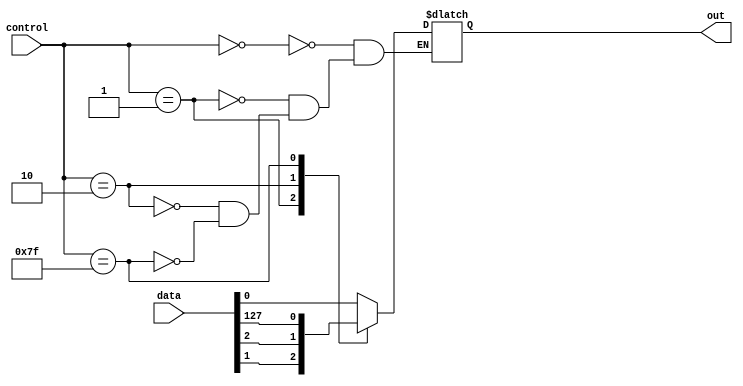
module mux_128_1 (
    input [127:0] data,
    input [6:0] control,
    output reg out
);

always @*
begin
    case (control)
        7'b0000000: out = data[0];
        7'b0000001: out = data[1];
        7'b0000010: out = data[2];
        // continue for remaining input signals
        7'b1111111: out = data[127];
    endcase
end

endmodule